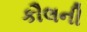
કૌલની